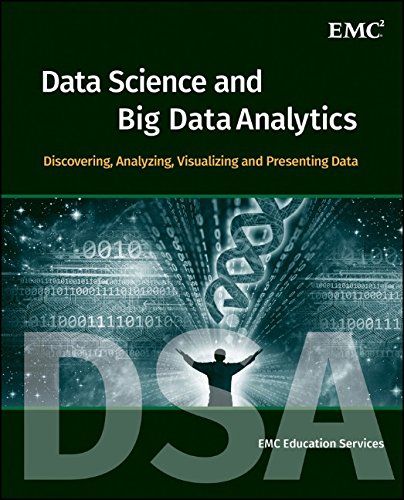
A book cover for Data Science and Big Data Analytics: Discovering, Analyzing, Visualizing and Presenting Data; Computers & Technology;